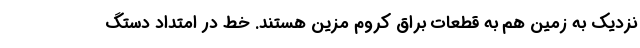
نزدیک به زمین هم به قطعات براق کروم مزین هستند. خط در امتداد دستگ